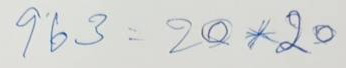
963 = 20 x 20